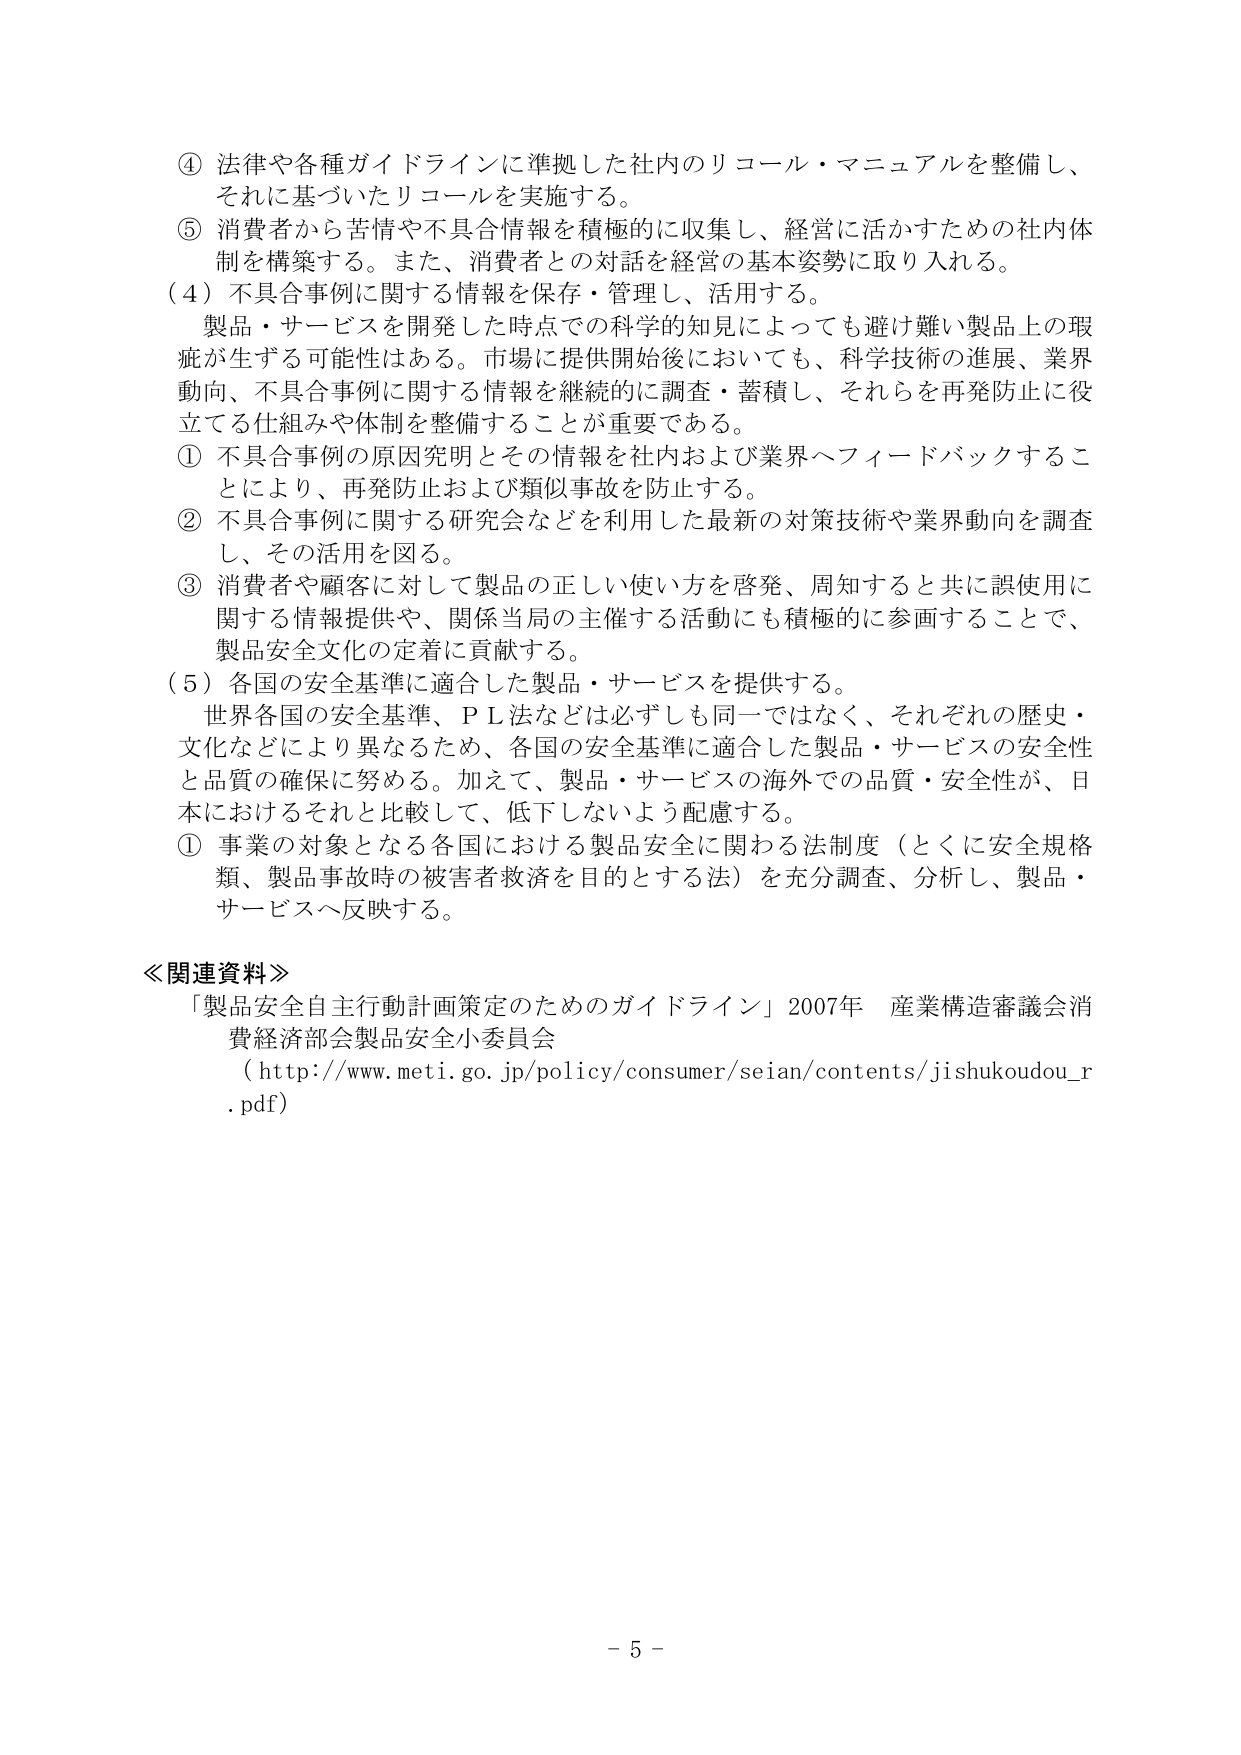
④ 法律や各種ガイドラインに準拠した社内のリコール・マニュアルを整備し、
それに基づいたリコールを実施する。

⑤ 消費者から苦情や不具合情報を積極的に収集し、経営に活かすための社内体制を構築する。また、消費者との対話を経営の基本姿勢に取り入れる。

（４）不具合事例に関する情報を保存・管理し、活用する。
製品・サービスを開発した時点での科学的知見によっても避け難い製品上の瑕疵が生ずる可能性はある。市場に提供開始後においても、科学技術の進展、業界動向、不具合事例に関する情報を継続的に調査・蓄積し、それらを再発防止に役立てる仕組みや体制を整備することが重要である。

① 不具合事例の原因究明とその情報を社内および業界へフィードバックすることにより、再発防止および類似事故を防止する。

② 不具合事例に関する研究会などを利用した最新の対策技術や業界動向を調査し、その活用を図る。

③ 消費者や顧客に対して製品の正しい使い方を啓発、周知すると共に誤使用に関する情報提供や、関係当局の主催する活動にも積極的に参画することで、製品安全文化の定着に貢献する。

（５）各国の安全基準に適合した製品・サービスを提供する。
世界各国の安全基準、ＰＬ法などは必ずしも同一ではなく、それぞれの歴史・文化などにより異なるため、各国の安全基準に適合した製品・サービスの安全性と品質の確保に努める。加えて、製品・サービスの海外での品質・安全性が、日本におけるそれと比較して、低下しないよう配慮する。

① 事業の対象となる各国における製品安全に関わる法制度（とくに安全規格類、製品事故時の被害者救済を目的とする法）を充分調査、分析し、製品・サービスへ反映する。

≪関連資料≫
「製品安全自主行動計画策定のためのガイドライン」2007年 産業構造審議会消費経済部会製品安全小委員会
（http://www.meti.go.jp/policy/consumer/seian/contents/jishukoudou_r.pdf）

－ 5 －